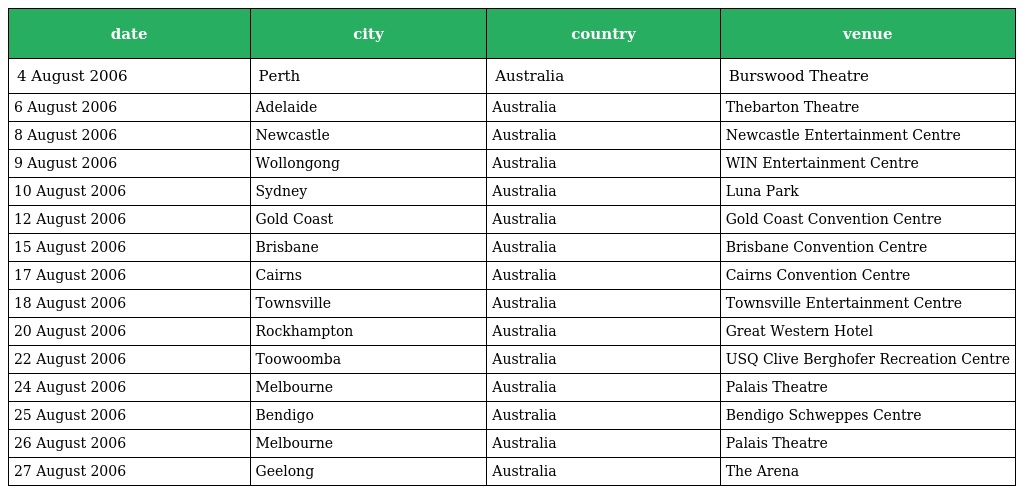
| date | city | country | venue |
 | --- | --- | --- | --- |
 | 4 August 2006 | Perth | Australia | Burswood Theatre |
 | 6 August 2006 | Adelaide | Australia | Thebarton Theatre |
 | 8 August 2006 | Newcastle | Australia | Newcastle Entertainment Centre |
 | 9 August 2006 | Wollongong | Australia | WIN Entertainment Centre |
 | 10 August 2006 | Sydney | Australia | Luna Park |
 | 12 August 2006 | Gold Coast | Australia | Gold Coast Convention Centre |
 | 15 August 2006 | Brisbane | Australia | Brisbane Convention Centre |
 | 17 August 2006 | Cairns | Australia | Cairns Convention Centre |
 | 18 August 2006 | Townsville | Australia | Townsville Entertainment Centre |
 | 20 August 2006 | Rockhampton | Australia | Great Western Hotel |
 | 22 August 2006 | Toowoomba | Australia | USQ Clive Berghofer Recreation Centre |
 | 24 August 2006 | Melbourne | Australia | Palais Theatre |
 | 25 August 2006 | Bendigo | Australia | Bendigo Schweppes Centre |
 | 26 August 2006 | Melbourne | Australia | Palais Theatre |
 | 27 August 2006 | Geelong | Australia | The Arena |